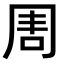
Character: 𠕛